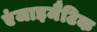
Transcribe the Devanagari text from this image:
एंजाइमैटिक